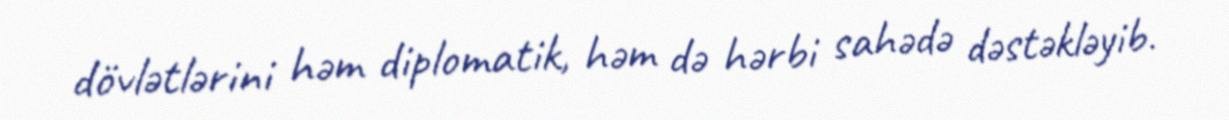
dövlətlərini həm diplomatik, həm də hərbi sahədə dəstəkləyib.